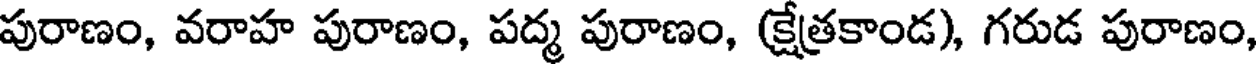
పురాణం, వరాహ పురాణం, పద్మ పురాణం, (క్షేత్రకాండ), గరుడ పురాణం,